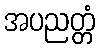
အပညတ္တံ